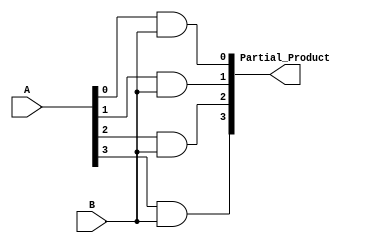
`timescale 1ns / 1ps
//////////////////////////////////////////////////////////////////////////////////
// Company: 
// Engineer: 
// 
// Design Name: 
// Module Name: partial_product
// Project Name: 
// Target Devices: 
// Tool Versions: 
// Description: 
// 
// Dependencies: 
// 
// Revision:
// Revision 0.01 - File Created
// Additional Comments:
// 
//////////////////////////////////////////////////////////////////////////////////

module partial_product (A, B, Partial_Product);
	input [3:0] A;
	input B;
	
	output [3:0] Partial_Product;
	
	assign Partial_Product[0] = A[0]& B;
	assign Partial_Product[1] = A[1]& B;
	assign Partial_Product[2] = A[2]& B;
	assign Partial_Product[3] = A[3]& B;
	
endmodule